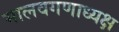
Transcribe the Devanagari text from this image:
मालवगणाध्यक्ष